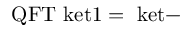
\mathrm { { Q F T } \ k e t { 1 } = \ k e t { - } }